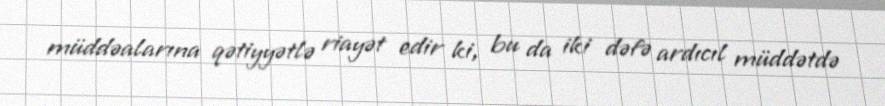
müddəalarına qətiyyətlə riayət edir ki, bu da iki dəfə ardıcıl müddətdə